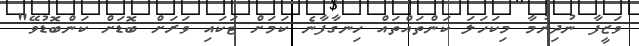
ވަޒީފާ ނުދިނުމާ މިކަހަލަ ކަންތައްތައް ހިނގާފާނެ ކަމަށް ޓަކައި ވަރަށް ބޮޑަށް ކަންބޮޑުވޭ"